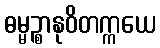
ဓမ္မဉ္စာနုဝိတက္ကယေ